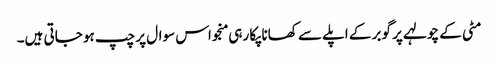
مٹی کے چولہے پر گوبر کے اپلے سے کھانا پکا رہی منجو اس سوال پر چپ ہو جاتی ہیں۔